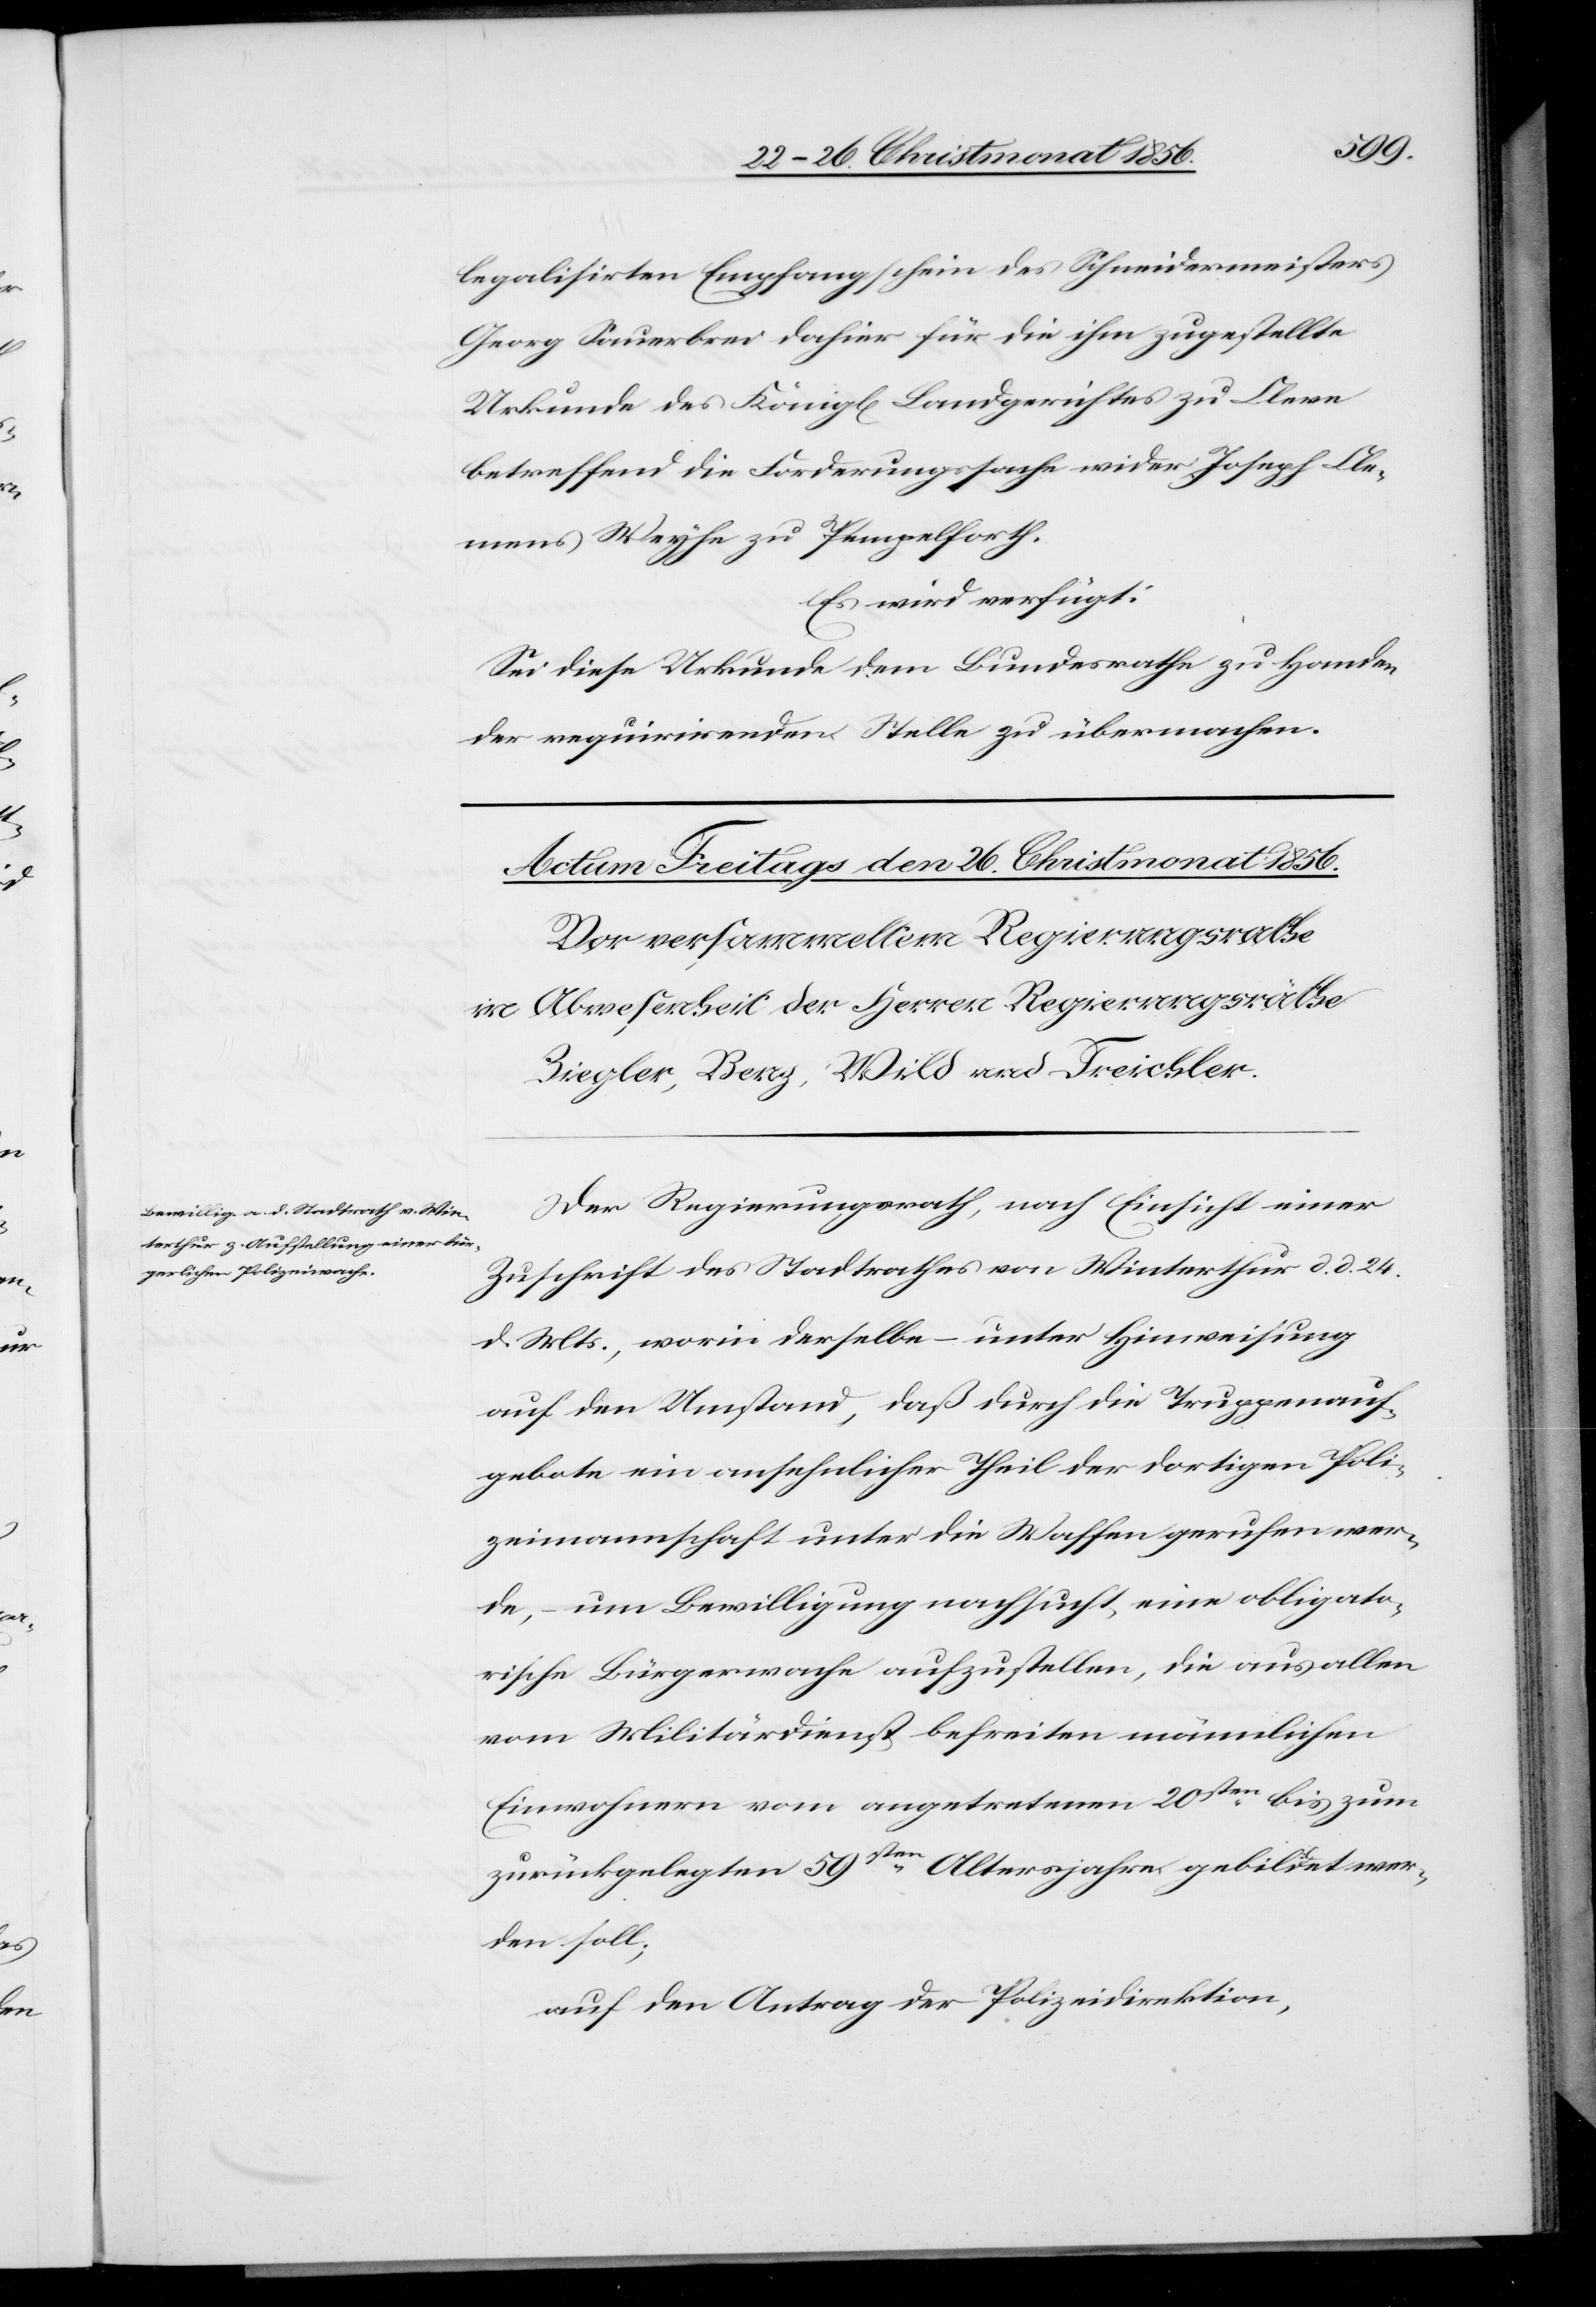
legalisirten Empfangschein des Schneidermeisters
Georg Sauerbrei dahier für die ihm zugestellte
Urkunde des Königl[ichen] Landgerichtes zu Cleve
betreffend die Forderungssache wider Joseph Cle¬
mens Weyhe zu Pempelforth.
Es wird verfügt:
Sei diese Urkunde dem Bundesrathe zu Handen
der requirirenden Stelle zu übermachen.
Der Regierungsrath, nach Einsicht einer
Zuschrift des Stadtrathes von Winterthur d. d. 24.
d. Mts., worin derselbe – unter Hinweisung
auf den Umstand, daß durch die Truppenauf¬
gebote ein ansehnlicher Theil der dortigen Poli¬
zeimannschaft unter die Waffen gerufen wer¬
de, – um Bewilligung nachsucht, eine obligato¬
rische Bürgerwache aufzustellen, die aus allen
vom Militärdienst befreiten männlichen
Einwohnern vom angetretenen 20sten bis zum
zurückgelegten 59sten Altersjahre gebildet wer¬
den soll;
auf den Antrag der Polizeidirektion,